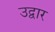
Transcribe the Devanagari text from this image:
उद्वार